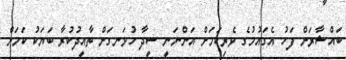
ބައްޝާރަށް ފަހު އެގައުމުގެ ވެރިކަމަށް އަންނަނީ ސީދާ ހުޅަނގަށް ތާއީދުކުރާ ބަޔަކު ކަމަށް